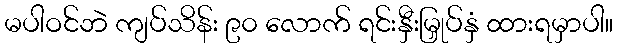
မပါဝင်ဘဲ ကျပ်သိန်း ၉၀ လောက် ရင်းနှီးမြှုပ်နှံ ထားရမှာပါ။